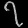
Digit: ၇